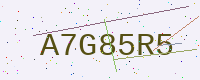
Text: A7G85R5